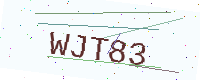
Text: WJT83